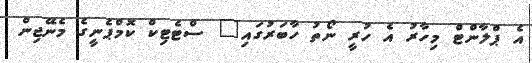
އެ ޕްލާންޓް މިހާރު އެ ހުރީ ނޯތު ހާބަރުގައި" ސްޓެޓިކް ކޮމްޕެނީގެ މެނޭޖިން